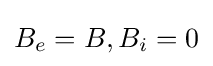
B_{e}=B,B_{i}=0